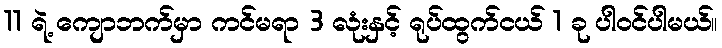
11 ရဲ့ ကျောဘက်မှာ ကင်မရာ 3 လုံးနှင့် ရုပ်ထွက်ငယ် 1 ခု ပါဝင်ပါမယ်။